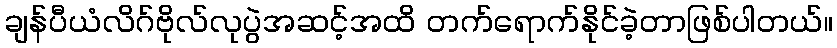
ချန်ပီယံလိဂ်ဗိုလ်လုပွဲအဆင့်အထိ တက်ရောက်နိုင်ခဲ့တာဖြစ်ပါတယ်။